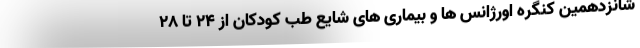
شانزدهمین کنگره اورژانس ها و بیماری های شایع طب کودکان از ۲۴ تا ۲۸